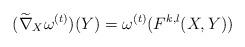
LaTeX: \begin{align*}(\widetilde{\nabla}_X\omega^{(t)})(Y)=\omega^{(t)}(F^{k,l}(X,Y))\end{align*}